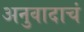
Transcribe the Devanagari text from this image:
अनुवादाचं